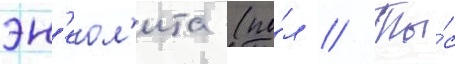
эн'еол'ита (по́л // Ты́с